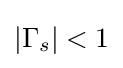
\left|\Gamma _{s}\right|<1